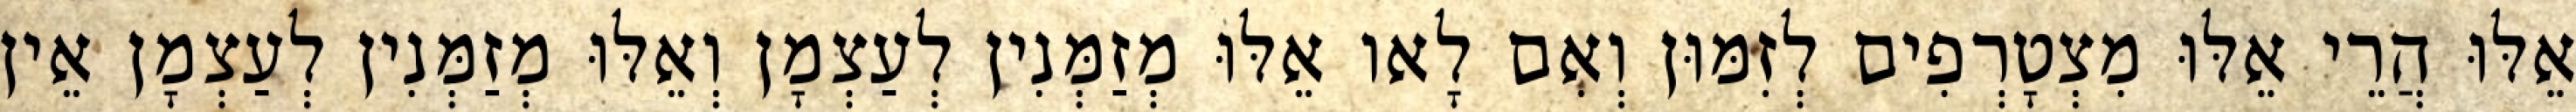
אֵלּוּ הֲרֵי אֵלּוּ מִצְטָרְפִים לְזִמּוּן וְאִם לָאו אֵלּוּ מְזַמְּנִין לְעַצְמָן וְאֵלּוּ מְזַמְּנִין לְעַצְמָן אֵין